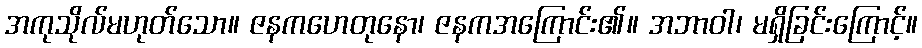
အကုသိုလ်မဟုတ်သော။ ဇနကဟေတုနော၊ ဇနကအကြောင်း၏။ အဘာဝါ၊ မရှိခြင်းကြောင့်။